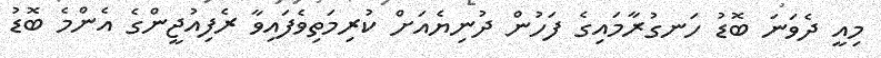
މިއީ ދެވަނަ ބޮޑު ހަނގުރާމައިގެ ފަހުން ދުނިޔެއަށް ކުރިމަތިވެފައިވާ ރެފިއުޖީންގެ އެންމެ ބޮޑު